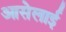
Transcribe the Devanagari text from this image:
आसेलाई